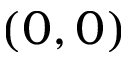
( 0 , 0 )